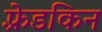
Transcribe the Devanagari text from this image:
फ़्रेडकिन